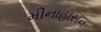
મીનાહાસન